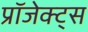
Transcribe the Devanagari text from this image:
प्रॉजेक्ट्स